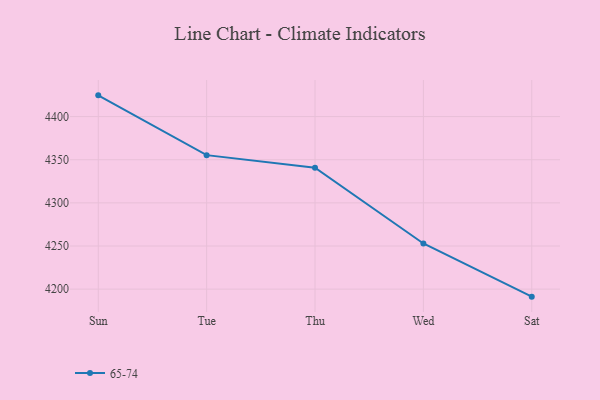
{"axis": {"x": "Day", "y": "Waste Production (Tons)"}, "legend": ["65-74"], "data": [{"x": "Sun", "y": 4424.6, "type": "65-74"}, {"x": "Tue", "y": 4355.3, "type": "65-74"}, {"x": "Thu", "y": 4340.8, "type": "65-74"}, {"x": "Wed", "y": 4252.9, "type": "65-74"}, {"x": "Sat", "y": 4191.3, "type": "65-74"}]}